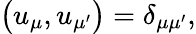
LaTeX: \begin{array}{r}{\bigl(u_{\mu},u_{\mu^{\prime}}\bigr)=\delta_{\mu\mu^{\prime}},}\end{array}